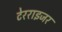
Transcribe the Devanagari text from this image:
टेरराइजर